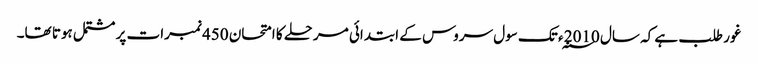
غور طلب ہے کہ سال 2010 ؁ء تک سول سروس کے ابتدائی مرحلے کا امتحان 450 نمبرات پر مشتمل ہوتا تھا۔